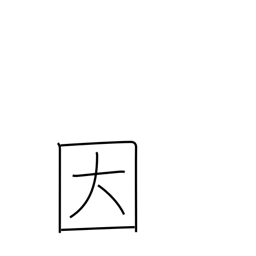
Meaning: be limited to